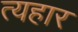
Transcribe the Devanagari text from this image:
त्यहार